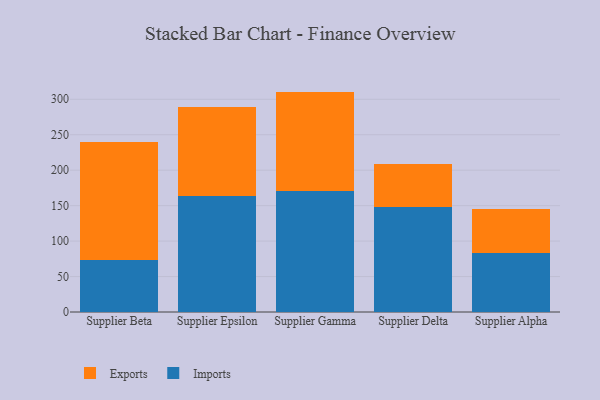
{"axis": {"x": "Supplier", "y": "Net Income (USD K)"}, "legend": ["Exports", "Imports"], "data": [{"x": "Supplier Beta", "y": 73.8, "type": "Imports"}, {"x": "Supplier Beta", "y": 166.5, "type": "Exports"}, {"x": "Supplier Epsilon", "y": 163.3, "type": "Imports"}, {"x": "Supplier Epsilon", "y": 125.3, "type": "Exports"}, {"x": "Supplier Gamma", "y": 170.0, "type": "Imports"}, {"x": "Supplier Gamma", "y": 140.8, "type": "Exports"}, {"x": "Supplier Delta", "y": 148.7, "type": "Imports"}, {"x": "Supplier Delta", "y": 59.9, "type": "Exports"}, {"x": "Supplier Alpha", "y": 83.5, "type": "Imports"}, {"x": "Supplier Alpha", "y": 61.5, "type": "Exports"}]}